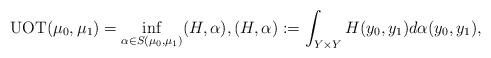
LaTeX: \begin{align*}{\rm UOT}(\mu_0,\mu_1) = \inf_{\alpha \in S(\mu_0,\mu_1)} (H,\alpha), (H,\alpha):= \int_{Y \times Y} H(y_0,y_1)d\alpha(y_0,y_1), \end{align*}